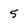
Character: 5